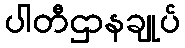
ပါတီဌာနချုပ်